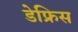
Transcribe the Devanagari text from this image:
डेफ्रिस